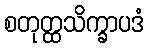
စတုတ္ထသိက္ခာပဒံ